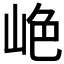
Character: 𫵺